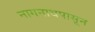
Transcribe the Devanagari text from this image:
नागनाथपासून